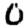
Digit: 0